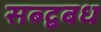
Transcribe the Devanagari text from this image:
सब्द्बबध